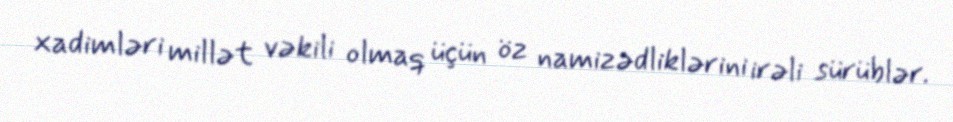
xadimləri millət vəkili olmaq üçün öz namizədliklərini irəli sürüblər.